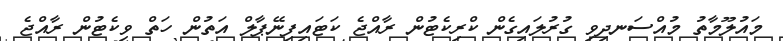
މައުލޫމާތު މުއްސަނދިވި ގުރުލައިގެން ކްރިކެޓުން ރާއްޖެ ކަޓައިފިނޭޕާލް އަތުން ހަތް ވިކެޓުން ރާއްޖެ